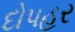
દોપહર